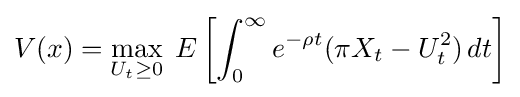
V(x)=\max _{U_{t}\geq 0}\;E\left[\int _{0}^{\infty }e^{-\rho t}(\pi X_{t}-U_{t}^{2})\,dt\right]